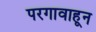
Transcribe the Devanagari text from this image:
परगावाहून